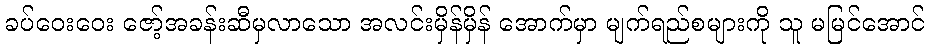
ခပ်ဝေးဝေး ဇော့်အခန်းဆီမှလာသော အလင်းမှိန်မှိန် အောက်မှာ မျက်ရည်စများကို သူ မမြင်အောင်